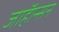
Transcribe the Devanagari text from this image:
जाॅहान्सन